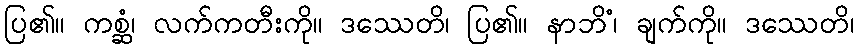
ပြ၏။ ကစ္ဆံ၊ လက်ကတီးကို။ ဒဿေတိ၊ ပြ၏။ နာဘိံ၊ ချက်ကို။ ဒဿေတိ၊